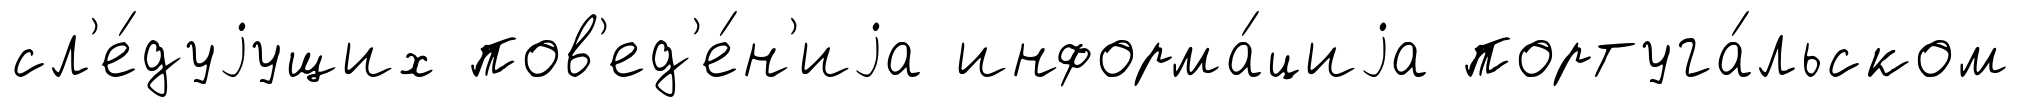
сл'е́дуjущих пов'ед'е́н'иjа информа́циjа португа́льском